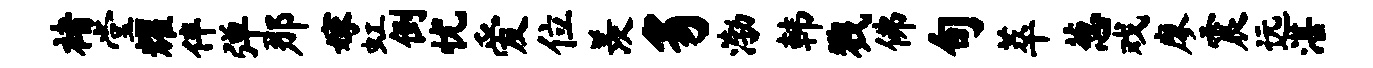
褚堂耀伴弹那嫁虹倒忧爱位羡豸渤韩戮佛旬萃葱戏廖震远湛